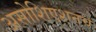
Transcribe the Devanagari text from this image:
असोशिएशनचे